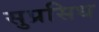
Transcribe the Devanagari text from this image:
सुप्रसिध